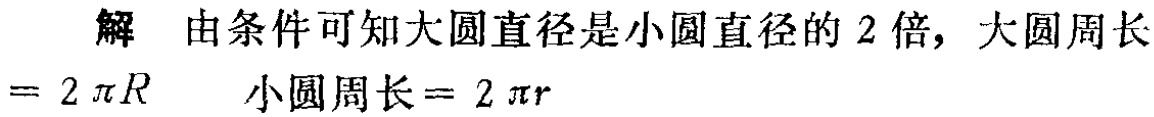
解 由条件可知大圆直径是小圆直径的 2 倍, 大圆周长

$=2\pi R$  小圆周长$ = 2\pi r$